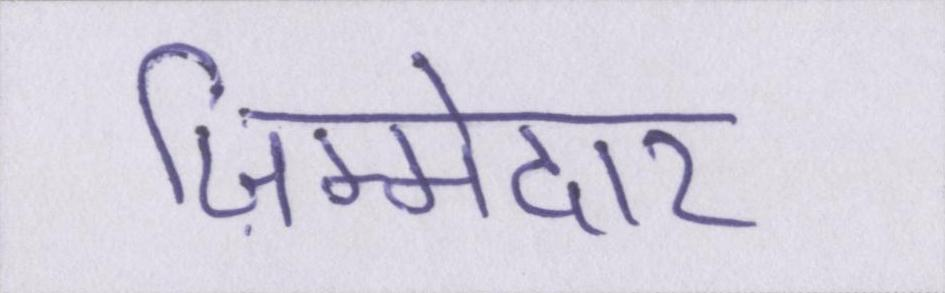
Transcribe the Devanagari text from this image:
ज़िम्मेदार